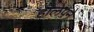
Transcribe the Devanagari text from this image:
हालेपने